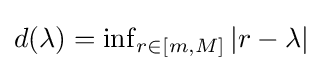
\textstyle d(\lambda )=\inf _{r\in [m,M]}|r-\lambda |